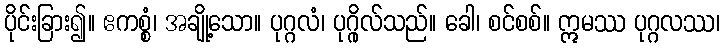
ပိုင်းခြား၍။ ဧကစ္စံ၊ အချို့သော။ ပုဂ္ဂလံ၊ ပုဂ္ဂိုလ်သည်။ ခေါ၊ စင်စစ်။ ဣမဿ ပုဂ္ဂလဿ၊